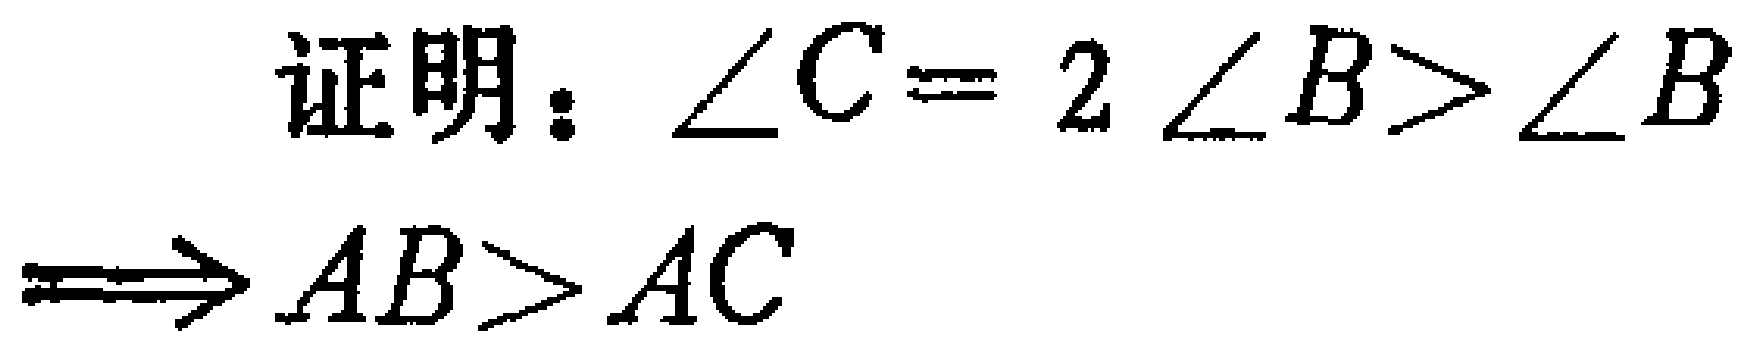
证明：$\angle C = 2\angle B > \angle B$
$\Longrightarrow AB>AC$